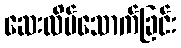
ဆေးလိပ်သောက်ခြင်း